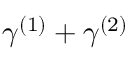
\gamma ^ { ( 1 ) } + \gamma ^ { ( 2 ) }